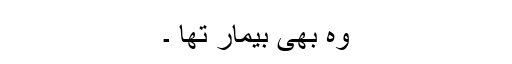
وہ بھی بیمار تھا ۔